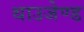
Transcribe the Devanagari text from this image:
थाउजेण्ड